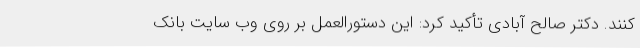
کنند. دکتر صالح آبادی تأکید کرد: این دستورالعمل بر روی وب سایت بانک